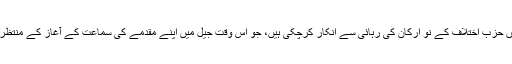
عدالتیں حزب اختلاف کے نو ارکان کی رہائی سے انکار کرچکی ہیں، جو اس وقت جیل میں اپنے مقدمے کی سماعت کے آغاز کے منتظر ہیں ۔